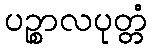
ပဉ္စာလပုတ္တံ